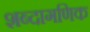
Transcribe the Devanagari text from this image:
शब्दागणिक